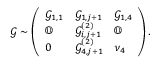
\mathcal { G } \sim \left( \begin{array} { l l l } { \mathcal { G } _ { 1 , 1 } } & { \mathcal { G } _ { 1 , j + 1 } } & { \mathcal { G } _ { 1 , 4 } } \\ { \mathbb { O } } & { \mathcal { G } _ { i , j + 1 } ^ { ( 2 ) } } & { \mathbb { O } } \\ { 0 } & { \mathcal { G } _ { 4 , j + 1 } ^ { ( 2 ) } } & { \nu _ { 4 } } \end{array} \right) .